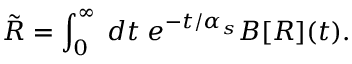
\tilde { R } = \int _ { 0 } ^ { \infty } \; d t \; e ^ { - t / \alpha _ { s } } B [ R ] ( t ) .